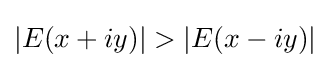
|E(x+iy)|>|E(x-iy)|